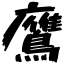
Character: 鷹